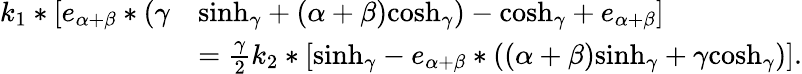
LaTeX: \begin{array}{rl}{{k_{1}}*[{e_{\alpha+\beta}}*(\gamma}&{{\sinh_{\gamma}}+(\alpha+\beta){\cosh_{\gamma}})-{\cosh_{\gamma}}+e_{\alpha+\beta}]}\\ &{=\textstyle{\frac\gamma 2}{k_{2}}*[{\sinh_{\gamma}}-{e_{\alpha+\beta}}*(({\alpha+\beta}){\sinh_{\gamma}}+\gamma{\cosh_{\gamma}})].}\end{array}